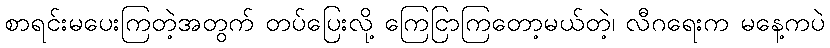
စာရင်းမပေးကြတဲ့အတွက် တပ်ပြေးလို့ ကြေငြာကြတော့မယ်တဲ့၊ လီဂရေးက မနေ့ကပဲ